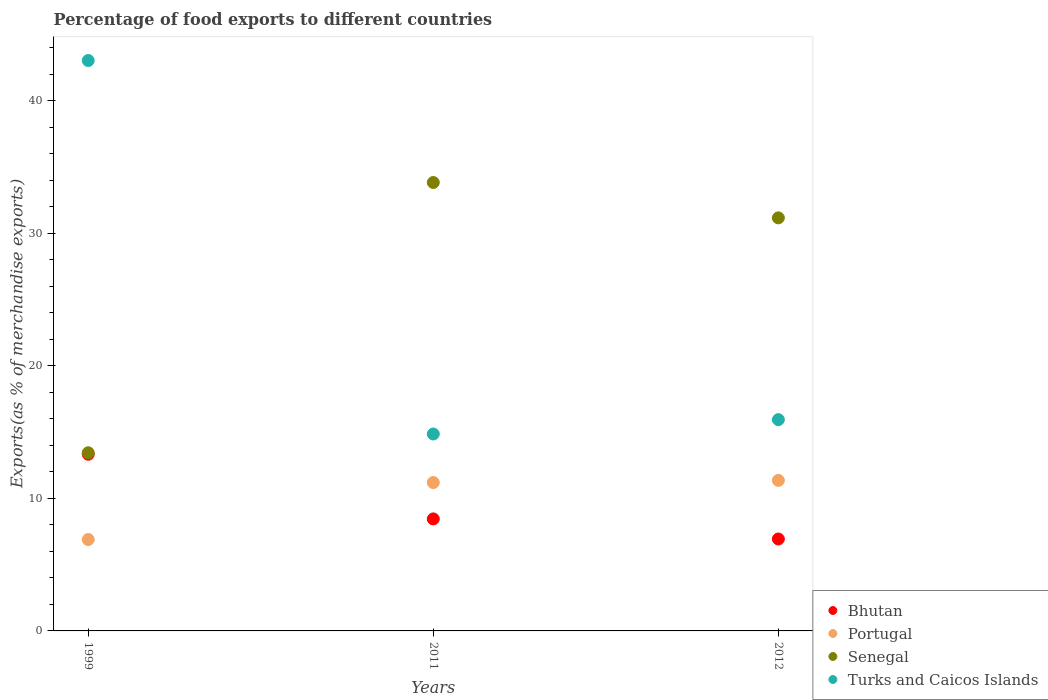
| Years | Bhutan | Portugal | Senegal | Turks and Caicos Islands |
 | --- | --- | --- | --- | --- |
 | 1999 | 13.3 | 6.89 | 13.4 | 43 |
 | 2011 | 8.45 | 11.2 | 33.8 | 14.9 |
 | 2012 | 6.94 | 11.4 | 31.2 | 15.9 |